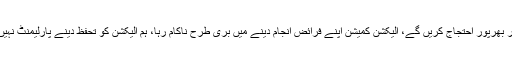
شہباز شریف نے کہا کہ متنازع اور دھاندلی شدہ الیکشن پر پارلیمنٹ کے اندر اور باہر بھرپور احتجاج کریں گے، الیکشن کمیشن اپنے فرائض انجام دینے میں بری طرح ناکام رہا، ہم الیکشن کو تحفظ دینے پارلیمنٹ نہیں آئے، ہم جمہوریت کی خاطر پارلیمنٹ آئے ہیں اور اپنا احتجاج ریکارڈ کروائیں گے۔